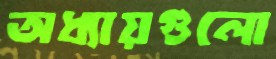
অধ্যায়গুলো